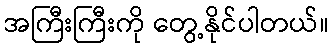
အကြီးကြီးကို တွေ့နိုင်ပါတယ်။